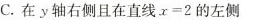
C.在y轴右侧且在直线$$x = 2$$的左侧